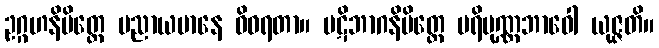
ဥဂ္ဂဟနိမိတ္တေ ပညာယမာနေ ဝိဝရတာ။ ပဋိဘာဂနိမိတ္တေ ပရိပုဏ္ဏဘာဝေါ ယုဇ္ဇတိ။